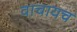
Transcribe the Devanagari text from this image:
वाचायच